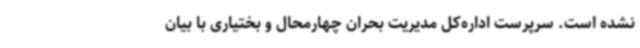
نشده است. سرپرست اداره‌کل مدیریت بحران چهارمحال و بختیاری با بیان